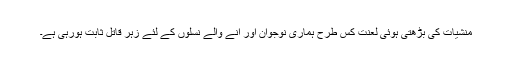
منشیات کی بڑھتی ہوئی لعنت کس طرح ہماری نوجوان اور آنے والے نسلوں کے لئے زہر قاتل ثابت ہورہی ہے۔